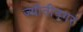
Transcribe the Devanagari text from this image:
ज्योतीनगर